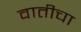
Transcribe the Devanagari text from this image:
वातीचा